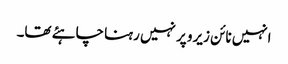
انہیں نائن زیرو پر نہیں رہنا چاہئے تھا۔